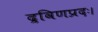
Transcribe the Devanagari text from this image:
द्रविणप्रदः।